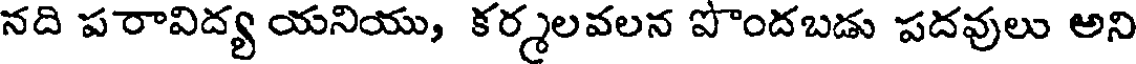
నది పరావిద్య యనియు, కర్మలవలన పొందబడు పదవులు అని